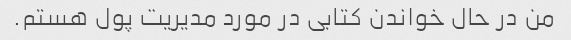
من در حال خواندن کتابی در مورد مدیریت پول هستم.